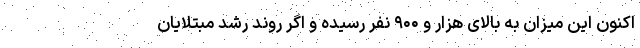
اکنون این میزان به بالای هزار و ۹۰۰ نفر رسیده و اگر روند رشد مبتلایان